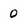
Character: 0